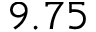
9 . 7 5